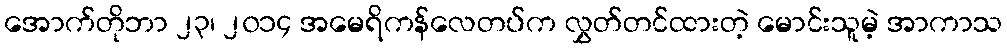
အောက်တိုဘာ ၂၃၊ ၂၀၁၄ အမေရိကန်လေတပ်က လွှတ်တင်ထားတဲ့ မောင်းသူမဲ့ အာကာသ